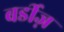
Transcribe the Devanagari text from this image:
बर्डीज़